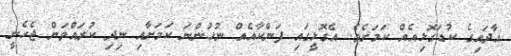
އާދައިގެ ކުޑަގޮޅިއެއް ކަމަށެވެ. އެގޮޅީގައި ފަންކާއެއް ނުހުންނަ ކަމަށާއި ނިދި ކުރައްވަން ޖެހެނީ